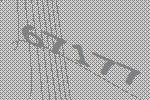
67177